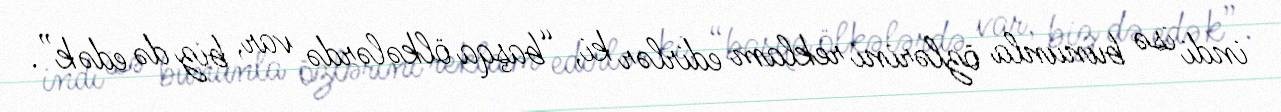
indi isə bununla özlərini reklam edirlər ki, “başqa ölkələrdə var, biz də edək”.